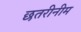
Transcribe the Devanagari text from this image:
छतरीनीम